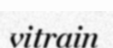
vitrain